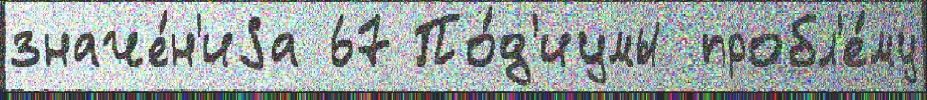
значе́н'иjа 67 По́д'иумы пробл'е́му